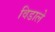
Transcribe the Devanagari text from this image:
विडाले